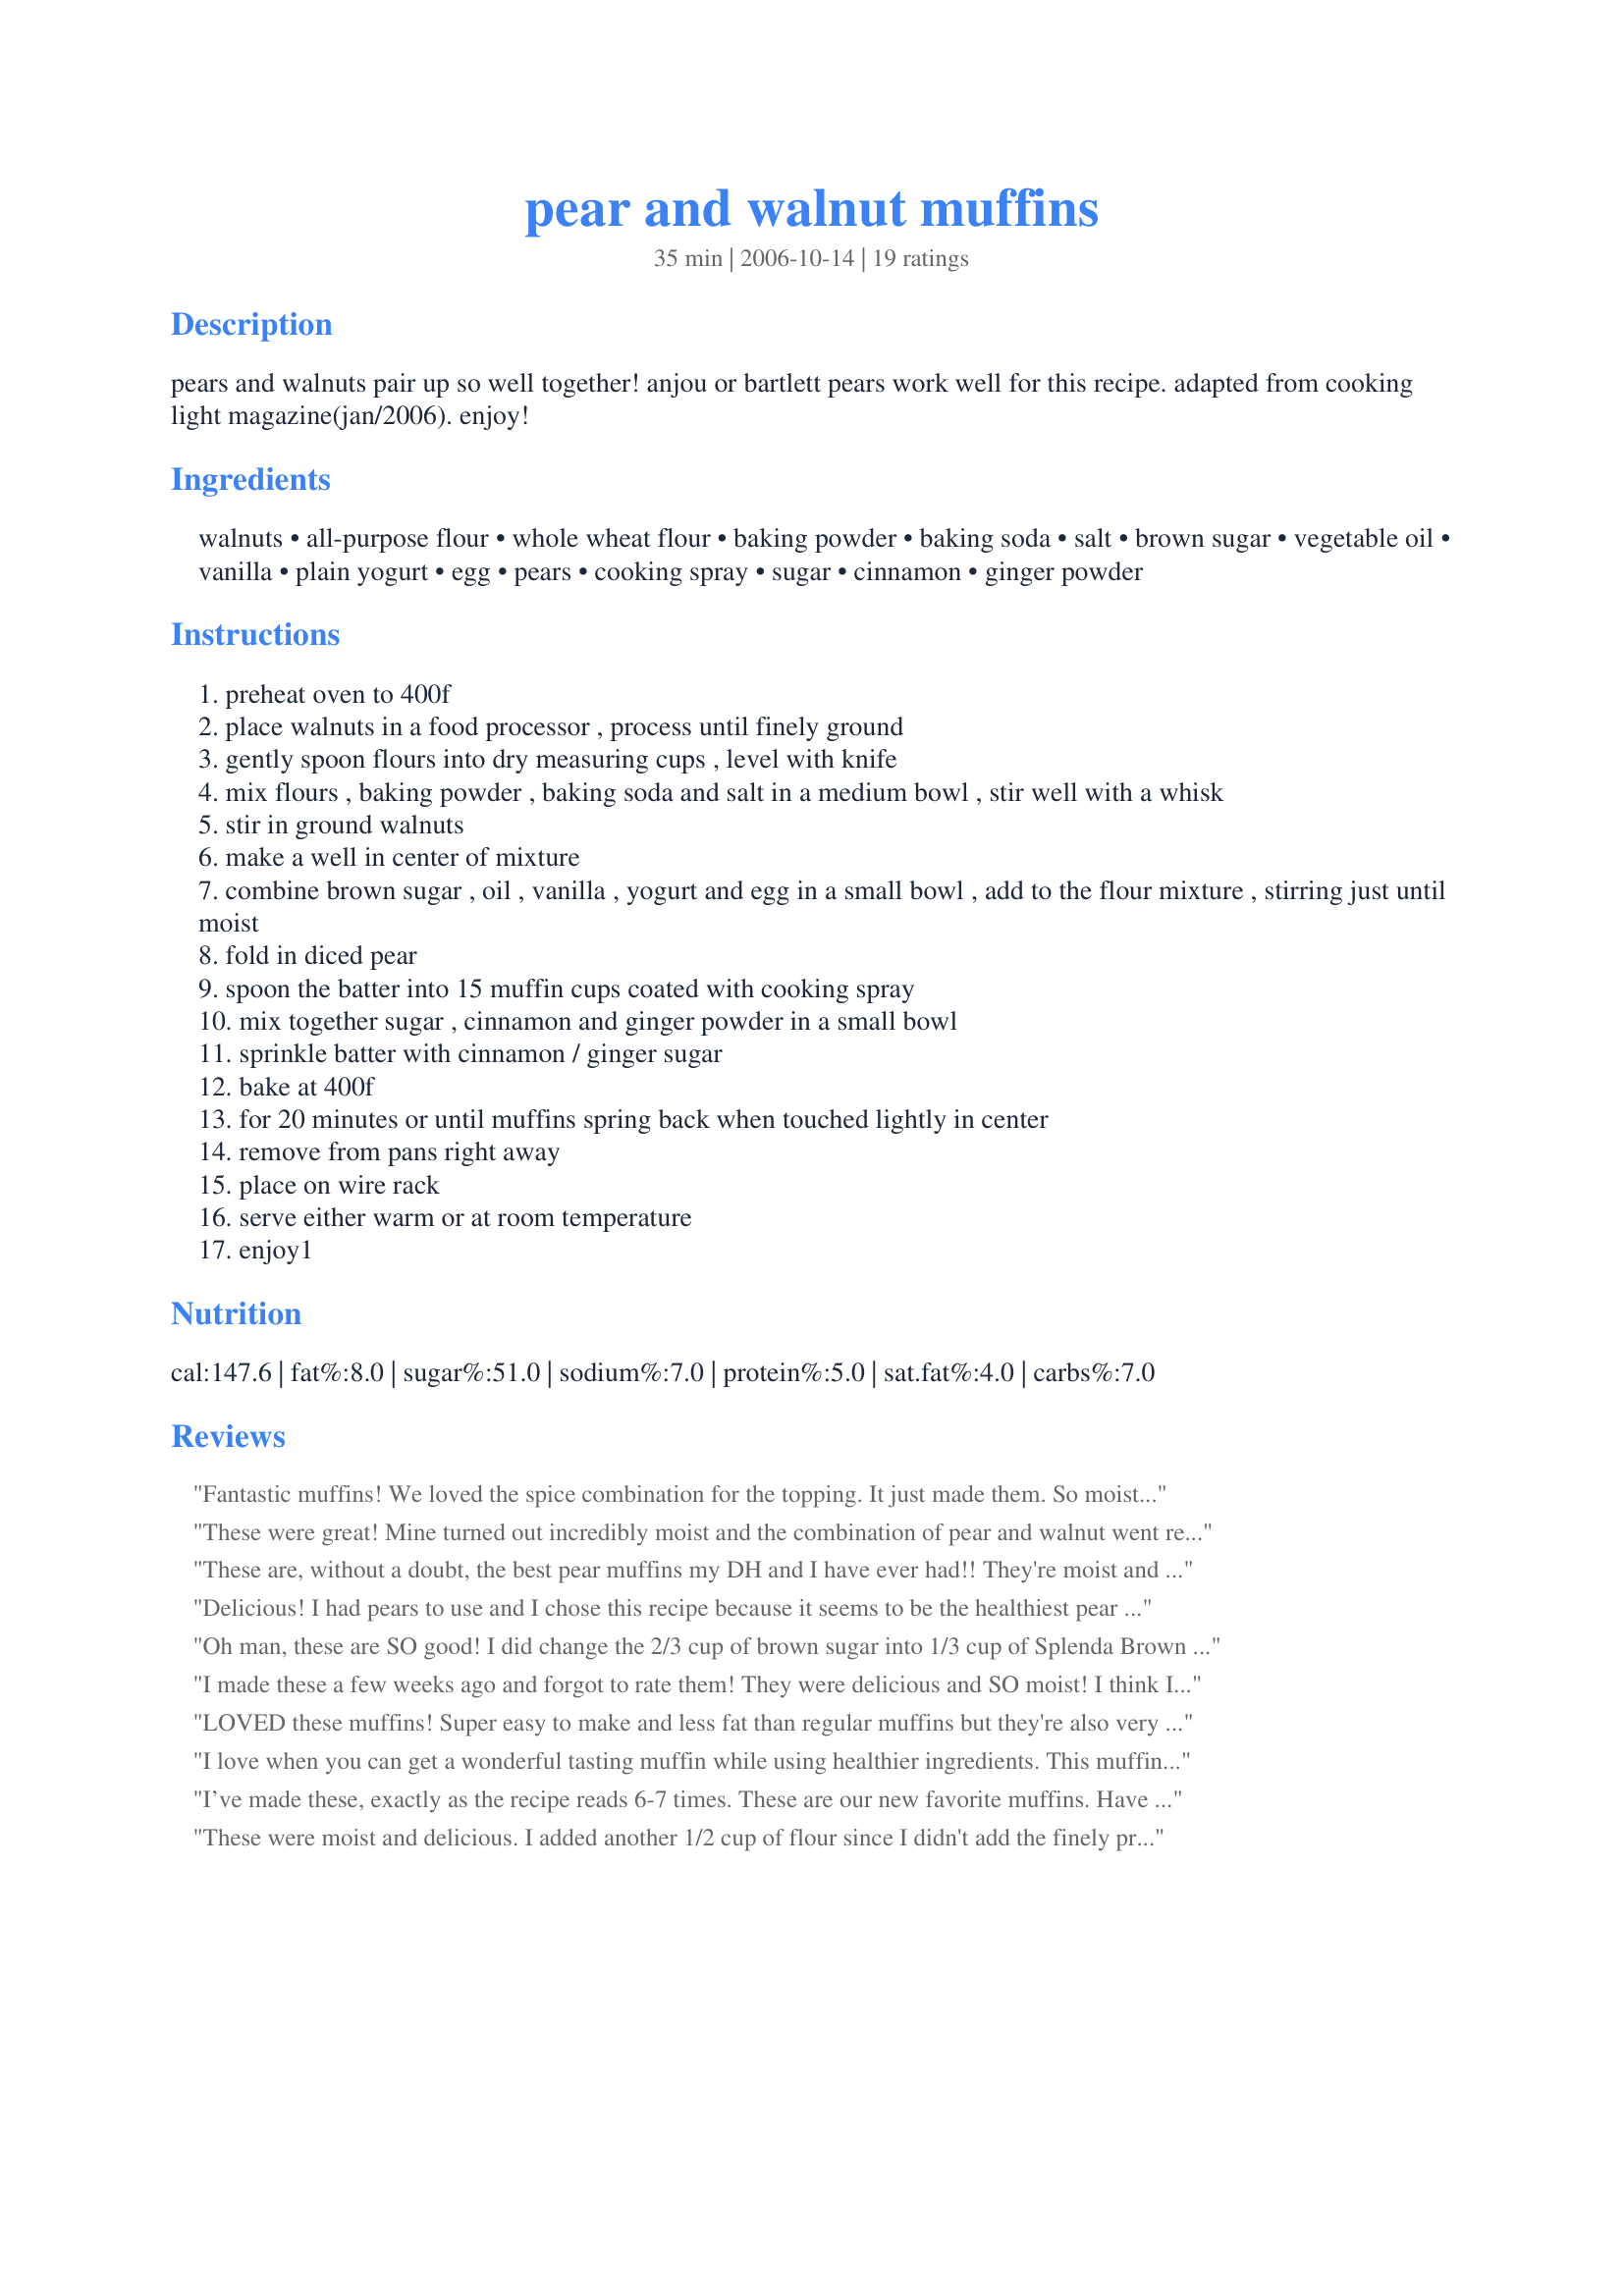
pear and walnut muffins
Preparation time: 35 minutes

pears and walnuts pair up so well together! anjou or bartlett pears work well for this recipe. adapted from cooking light magazine(jan/2006). enjoy!

Ingredients:
walnuts, all-purpose flour, whole wheat flour, baking powder, baking soda, salt, brown sugar, vegetable oil, vanilla, plain yogurt, egg, pears, cooking spray, sugar, cinnamon, ginger powder

Steps:
preheat oven to 400f
place walnuts in a food processor , process until finely ground
gently spoon flours into dry measuring cups , level with knife
mix flours , baking powder , baking soda and salt in a medium bowl , stir well with a whisk
stir in ground walnuts
make a well in center of mixture
combine brown sugar , oil , vanilla , yogurt and egg in a small bowl , add to the flour mixture , stirring just until moist
fold in diced pear
spoon the batter into 15 muffin cups coated with cooking spray
mix together sugar , cinnamon and ginger powder in a small bowl
sprinkle batter with cinnamon / ginger sugar
bake at 400f
for 20 minutes or until muffins spring back when touched lightly in center
remove from pans right away
place on wire rack
serve either warm or at room temperature
enjoy1

Reviews:
Fantastic muffins! We loved the spice combination for the topping. It just made them. So moist and lovely. Thanks for posting this recipe.
These were great! Mine turned out incredibly moist and the combination of pear and walnut went really well together...although actually I used half walnut and half ground almonds as I didn't have enough walnuts.
These are, without a doubt, the best pear muffins my DH and I have ever had!! They're moist and flavorful and almost melt in your mouth! And when they're baking, the whole house smells wonderful! I scaled the recipe down to 7.5 muffins (because we only had one pear); and used whole wheat pastry flour for the all-purpose and whole wheat flours, and sodium-free baking powder in place of the regular kind--and all of that worked out fine. I've been searching for years for a great pear muffin/bread recipe, and this is definitely it (a copy is now in my best of the best cookbook--to be made and enjoyed again!)! Thanks so much for posting it, Sharon123!! (Tagged, made, and reviewed for Healthy Choices ABC Game.)
Delicious! I had pears to use and I chose this recipe because it seems to be the healthiest pear recipe on Zaar. I didn't grind the walnuts b/c I like them chunky. I also did like the other reviewer and used 1/3 cup of Splenda Brown Sugar Blend and lowfat vanilla yogurt. Great flavors, very moist and healthy for muffins! I will absolutely use this recipe again. Thank you!
Oh man, these are SO good! I did change the 2/3 cup of brown sugar into 1/3 cup of Splenda Brown Sugar Blend, used diet vanilla yogurt (it's what I had) and the egg became 1/4 cup of Eggbeaters. The small Anjou pears I had made barely 1 cup but it still gave a good flavor. They were perfect at 20 mins, well baked and golden. I tagged and made these on a whim this morning for the 1-2-3 game and I'm so glad I did. They are delightful. Oh yes, for the topping I used Splenda, cinnamon and ginger.
I made these a few weeks ago and forgot to rate them! They were delicious and SO moist! I think I need to chop my pears a little smaller (or cook the muffins longer) as they were almost TOO moist! These would probably freeze very well :)
LOVED these muffins! Super easy to make and less fat than regular muffins but they're also very moist with a lot of flavor. I made an even dozen instead of fifteen and they got nice big crispy tops from the extra batter. I didn't have whole wheat flour so I used all regular flour with no problems. My husband and two-year-old daughter gobbled them up - they're already gone. These are now in my "favorite recipe" file!
I love when you can get a wonderful tasting muffin while using healthier ingredients. This muffin recipe is a winner. I loved the moistness of the muffins and the flavors were perfect. Thank you!
I’ve made these, exactly as the recipe reads 6-7 times. These are our new favorite muffins. Have also made with apples (great) and peaches (not as good). Once I only had low cal peach yogurt and they were still great. Only tweak: roast the walnuts to a nice golden brown and let them cook before bringing them to walnut flour.
These were moist and delicious. I added another 1/2 cup of flour since I didn't add the finely processed walnuts. I added the cinnamon and ginger and some chopped nuts to the batter instead of on top. The muffins had such a nice texture and flavor and I'm sure to make them again.
My boss has a pear tree. He brought in a bushel of pears to the office. I brought a dozen home. I ate a few of them and it wasn't until I found this recipe that I figured out what to do with some of the other pears. I doubled the batch & used the vanilla yogurt. They are fantastic. I froze some so they would not disappear immediately.The most moist & delicious muffins ever.
I made this recipe without processing the walnuts, and also without the ginger, but with cinnamon both in the batter and in the crumble. I will say be sure not to overmix your batter and make sure that you're watching the baking time. Overcooked the first batch, but the second and third were amazing :) Great fall recipe!
Very good muffins! Good flavor, very moist (maybe a wee bit too moist?). Like other reviewers, I made 12 muffins from this recipe.

Word to the wise: Be sure and take them out of the pans immediately. I somehow missed that step, and by the time I removed them from the pans a few minutes later, the outsides were a bit soggy. So, I just put them on the cooling rack, and popped them back into the oven for a few minutes to dry them out a bit. 

Alterations: I used 1 cup whole wheat pastry flour and 1/2 cup white flour. Whenever using more whole wheat flour than white flour, I add a bit of high gluten flour to prevent it from having that "heavy" texture. (Whole wheat flour does not have as much gluten as white flour.) I also ran all the dry ingredients through the sifter, since this generally makes things more fluffy. The only other change I made was to use some slightly coarse sugar for the topping, instead of regular granulated sugar.

When I inverted the cooked muffins onto a cooling rack, they lost some of the topping. Next time, it think I'll try pulling them straight up out of the pans and hopefully they won't lose as much of the yummy topping that way. (The topping is pretty strong tasting, by the way, but not overpowering unless you take a bite of mostly topping.)
The family gave these 5 stars! Nice and flavorful and not overly sweet. I used vanilla yogurt and added the spices to the batter and on top. I love that the walnuts are ground. Thanks for sharing!
These muffins are great with the walnuts and pear. I'll have to try them with ground almonds. It will be delicious also I'm sure. I used only 1/3 cup of brown sugar. Thanks Sharon :) Made for I Recommend tag game
These are such a welcome trea this time of year using winter pears. I didn't bother pealing the pears either. Left the delicious brown skins right on. I also used coarsely chopped toasted almonds in place of the walnuts. I got 12 nice size muffins. I like using just 2 T. of oil too. Makes em a little more LF than a normal muffin and the vanilla yogurt was a welcome addition for perfect moistness. Made in memory of Sharon's DH in KK's forum.
These are wonderful! I also used 1/3 cup Splenda and 1/3 cup brown sugar (and Splenda for the topping). The pear flavor really comes through because the spices are on top of, not in, the muffins. I might also try not grinding the walnuts next time.
Just HOW good are these muffins? Within 5 minutes of my reading the recipe, I was in the kitchen making them. And, within 30 minutes of them coming out of the oven, 100% of them were gone! It's rare that I have all of the ingredients to make something this different but I was stocked up on pears and pecans from another project. Personally, I refuse to use oil in my recipes so I subbed the standard "1/4 cup melted butter" for the 2 T oil, which made up for the liquid missing when I used a 6 ounce container of yogurt. And PLEASE...do yourself a favour and use Yoplait's PEAR YOGURT in this recipe!!! It really amps up the flavour! My batter made exactly 12 muffins and my family has begged me to make more of them today. How can you turn down a request like that! Superb texture, amazing taste; this recipe goes BEYOND 5 Stars, straight into the Food Galaxy!!!!
DE-LISH!!!!! These muffins are a great way to use those Harry & David pears hanging around from the holidays. Because I ate too many cookies for Christmas, I need to drop the two pounds I gained so I made some substitutions. Instead of brown sugar I used Splenda brown sugar blend (5 tablespoons + 1 teaspoon). Instead of yogurt, non-fat yogurt. Instead of vegetable oil, Enova. Instead of sugar, Splenda granular. I do not typically like to compromise taste in my recipes and all these substitutions worked really well. The muffins were very moist,flavorful, and had good texture. I think a lot of the sweetness and flavor come from using really ripe pears. Next time, I don't think I'm going to ground the walnuts but use coarsely ground nuts for a little crunch. Enjoy!
